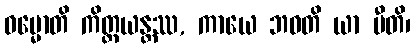
ဓမ္မောတိ ကိတ္တယန္တဿ, ကာယေ ဘဝတိ ယာ ပီတိ၊